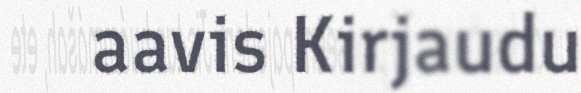
aavis Kirjaudu